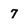
Character: 7